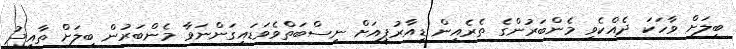
ބިލަށް ވާހަކަ ދެއްކެވި މެންބަރުންގެ ތެރެއިން ޑީއާރުޕީއަށް ނިސްބަތްވެވަޑައިގަންނަވާ މެންބަރުން ބިލަށް ތާއީދު